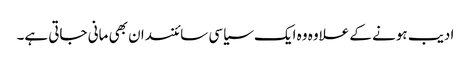
ادیب ہونے کے علاوہ وہ ایک سیاسی سائنسدان بھی مانی جاتی ہے۔